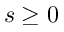
s \geq 0